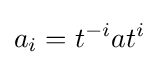
a_{i}=t^{-i}at^{i}